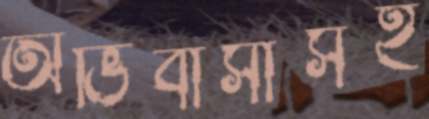
অভিবাসীসহ